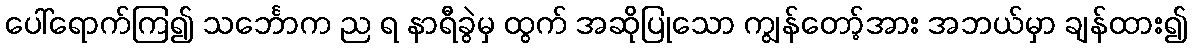
ပေါ်ရောက်ကြ၍ သင်္ဘောက ည ရ နာရီခွဲမှ ထွက် အဆိုပြုသော ကျွန်တော့်အား အဘယ်မှာ ချန်ထား၍